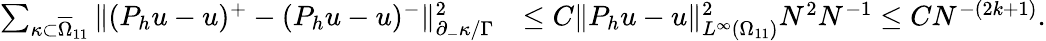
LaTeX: \begin{array}{rl}{\sum_{\kappa\subset\overline{{\Omega}}_{11}}\Vert(P_{h}u-u)^{+}-(P_{h}u-u)^{-}\Vert_{\partial_{-}\kappa/\Gamma}^{2}}&{\le C\Vert P_{h}u-u\Vert_{L^{\infty}(\Omega_{11})}^{2}N^{2}N^{-1}\le CN^{-(2k+1)}.}\end{array}